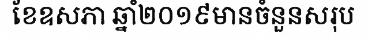
ខែឧសភា ឆ្នាំ២០១៩មានចំនួនសរុប